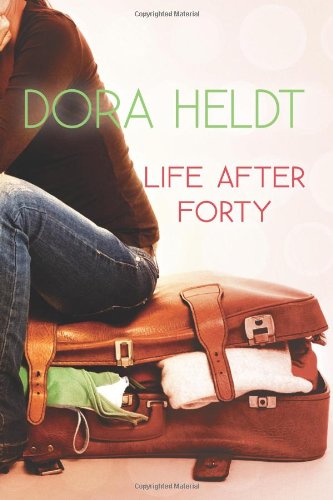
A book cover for Life After Forty; Dora Heldt; Literature & Fiction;